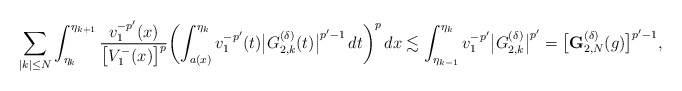
\begin{align*}\sum_{|k|\le N}\int_{\eta_{k}}^{\eta_{k+1}} \frac{v_1^{-p'}(x)}{\bigl[V_1^-(x)\bigr]^{p}} \biggl(\int_{a(x)}^{\eta_{k}}v_1^{-p'}(t)\bigl|G^{(\delta)}_{2,k}(t)\bigr|^{p'-1}\,dt\biggr)^p\,dx\lesssim\int_{\eta_{k-1}}^{\eta_k}v_1^{-p'}\bigl|G_{2,k}^{(\delta)}\bigr|^{p'}=\bigl[\mathbf{G}^{(\delta)}_{2,N}(g)\bigr]^{p'-1},\end{align*}